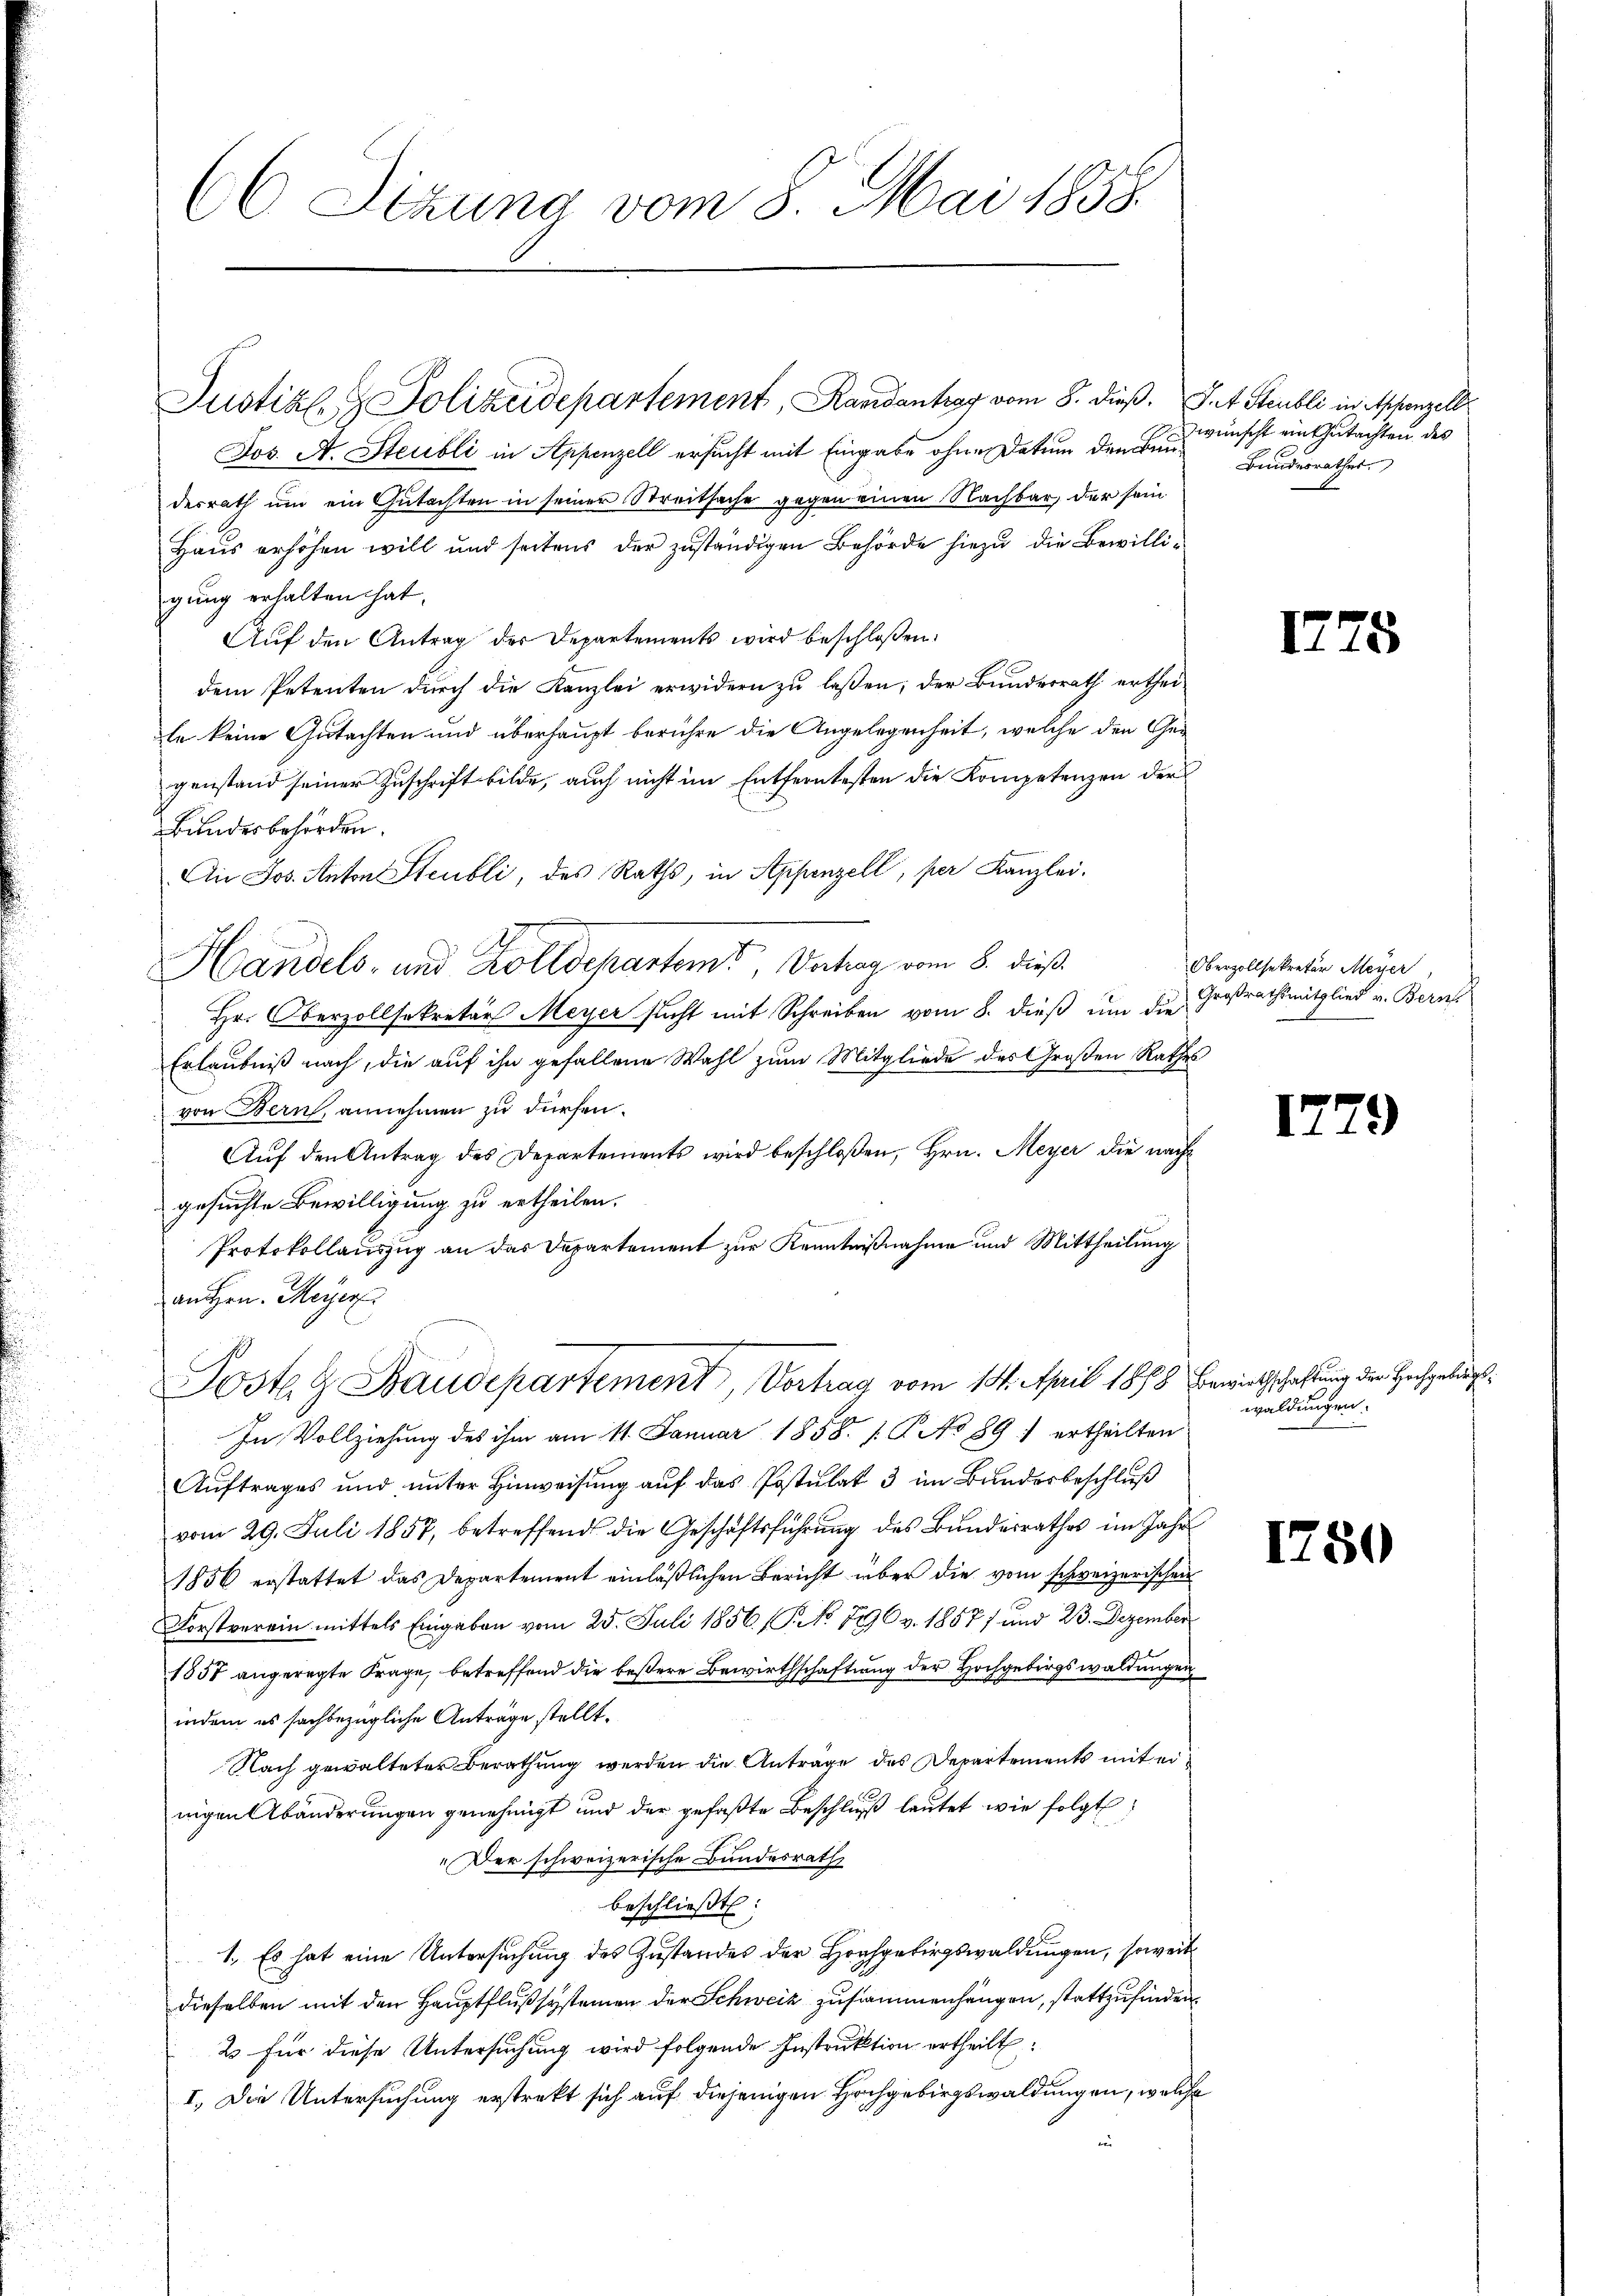
(6 Sitzung vom 8. Mai 1858.

Jos. A. Steubli in Appenzell ersucht mit Eingabe ohne Datum den Baudesrath um ein Gutachten in seiner Streitsache gegen einen Nachbar, der sein
Haus erhöhen will und seitens der zuständigen Behörde hiezu die Bewilligung erhalten hat.
Auf den Antrag der Departements wird beschloßen:
dem Petenten durch die Kanzlei erwidern zu laßen; der Bunderrath ertheite keine Gutachten und überhaupt berühre die Angelegenheit, welche den Gegenstand seiner Zuschrift bilde, auch nicht im Entferntesten die Kompetenzen der
Bundesbehörden.
Ai Jos. Anton Steubli, des Raths, in Appenzell, per Kanzlei.
Handels- und Zolldepartemt, Betrag vom 8. dieß
Hr. Oberzollsekretär Meyer sucht mit Schreiben vom 8. dieß um die
Erlaubniß nach, die auf ihn gefallene Wahl zum Mitgliede des Großen Rathes
von Bern, annehmen zu dürfen.
Auf den Antrag des Departements wird beschloßen, Hrn. Meyer die nachgesuchte Bewilligung zu ertheilen.
Protokollauszug an das Departement zur Kenntnißnahme und Mittheilung
an Hrn. Meyer
Post & Baudepartement, Vortrag vom 14. April 1878 Bewirtschaftung der Hochgelegt
In Vollziehung des ihm am 11. Januar 1858. 1. P. No 891 ertheilten
Auftrages und unter Hinweisung auf das Postulat 3 im Bundesbeschluß
vom 29. Juli 1857, betreffend die Geschäftsführung des Bundesrathes im Jahr
1856 erstattet das Departement einläßlichen Bericht über die vom schweizerischen
Forstverein mittels Eingaben vom 25. Juli 1856 (P. No 790 v. 1857; und 23. Dezember
1857 angeregte Frage, betreffend die beßere Bewirthschaftung der Hochgebirgswaldungen
indem es sachbezügliche Anträge stellt.
Nach gewalteter Berathung werden die Anträge des Departements mit einigen Abänderungen genehmigt und der gefaßte Beschluß lautet wie folgt
Der schweizerische Bundesrath
beschließt:
1. Es hat eine Untersuchung des Zustandes der Hochgebirgswaldungen, soweit
dieselben mit den Hauptfluß systemen der Schweiz zusammenhängen, stattzufinden.
2 für diese Untersuchung wird folgende Instruktion ertheilt:
I. Die Untersuchung erstrekt sich auf diejenigen Hochgebirgswaldungen, welche
t

Justiz- & Polizeidepartement, Randantrag vom 8. dieß. S. 4. Steubli in Appenzell

zwünscht ein Gutachten des
Bundesrathes.

175

17

B

Oberzollsekretär Meyer
Großrathsmitglied v. Bern

)

waldungen.

1750